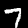
Digit: 7